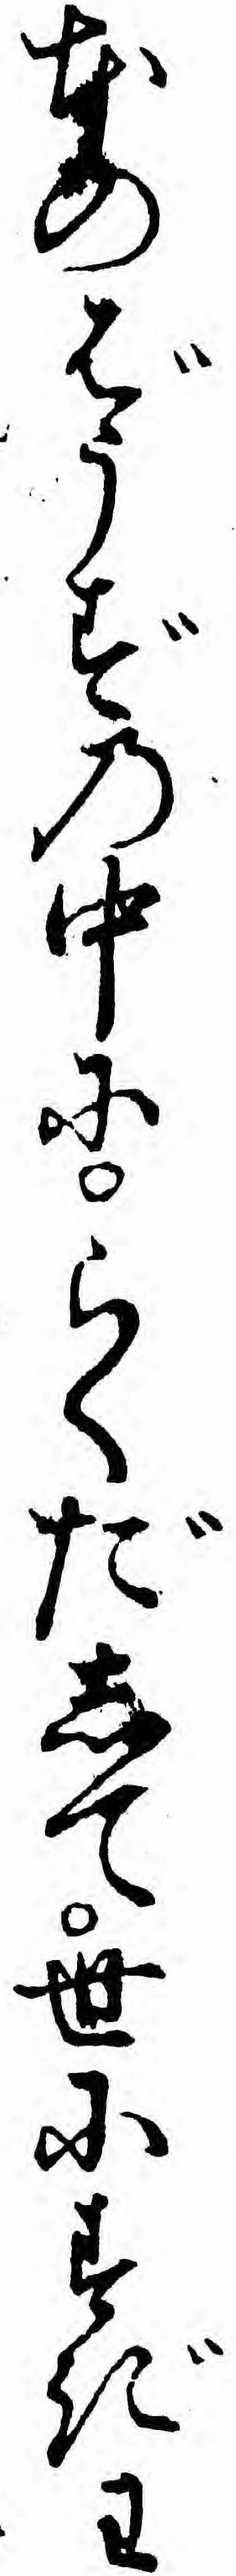
本のばうずの中にらくだして世にすぎわ